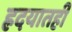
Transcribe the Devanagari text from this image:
ह्रदयातही